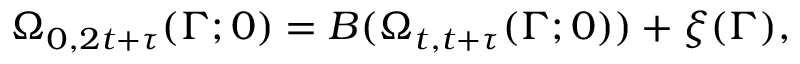
\Omega _ { 0 , 2 t + \tau } ( \Gamma ; 0 ) = B ( \Omega _ { t , t + \tau } ( \Gamma ; 0 ) ) + \xi ( \Gamma ) ,